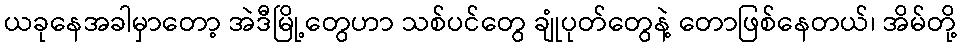
ယခုနေအခါမှာတော့ အဲဒီမြို့တွေဟာ သစ်ပင်တွေ ချုံပုတ်တွေနဲ့ တောဖြစ်နေတယ်၊ အိမ်တို့